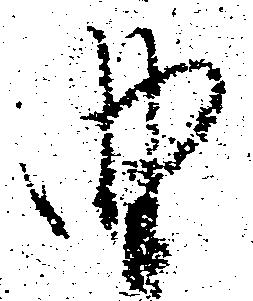
曲